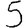
Digit: 5